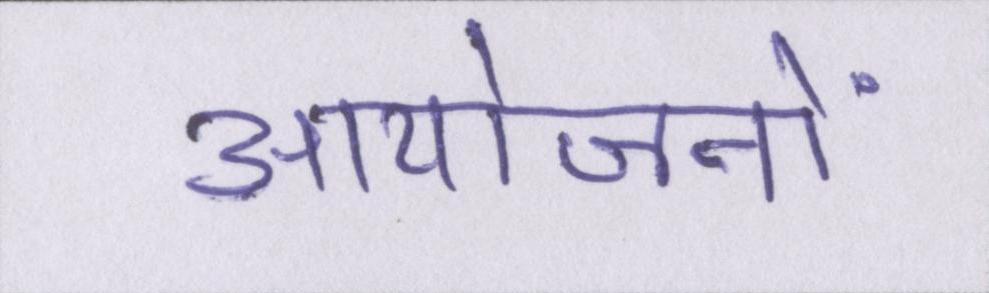
आयोजनों